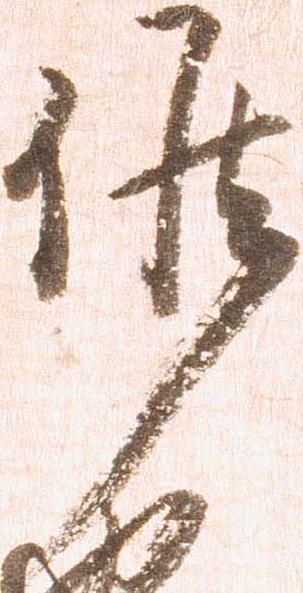
候